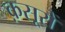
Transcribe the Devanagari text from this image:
क़सूरों